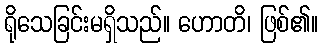
ရိုသေခြင်းမရှိသည်။ ဟောတိ၊ ဖြစ်၏။